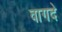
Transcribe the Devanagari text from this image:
वागदे